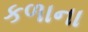
કળાના